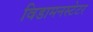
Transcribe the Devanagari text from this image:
विडामनस्टेटर